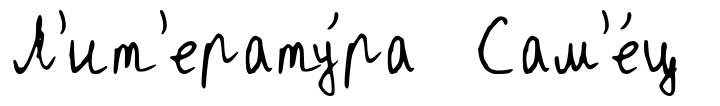
Л'ит'ерату́ра Сам'е́ц